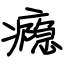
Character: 瘾